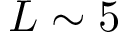
L \sim 5